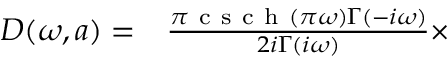
\begin{array} { r l } { D ( \omega , a ) = } & { { } \frac { \pi \mathrm { ~ c ~ s ~ c ~ h ~ } ( \pi \omega ) \Gamma ( - i \omega ) } { 2 i \Gamma ( i \omega ) } \times } \end{array}